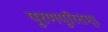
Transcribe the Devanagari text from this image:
पूरणपूरितम्।